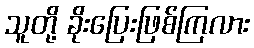
သူတို့ ခိုးပြေးဖြစ်ကြလား